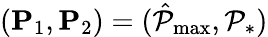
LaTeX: (\mathbf{P}_{1},\mathbf{P}_{2})=(\hat{\mathcal{P}}_{\operatorname*{max}},\mathcal{P}_{*})